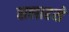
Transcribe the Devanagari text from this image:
सलाहसे